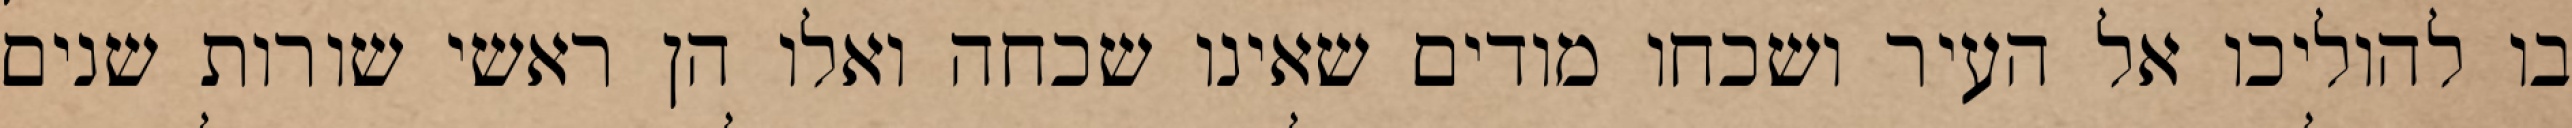
בו להוליכו אל העיר ושכחו מודים שאינו שכחה ואלו הן ראשי שורות שנים